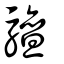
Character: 驙